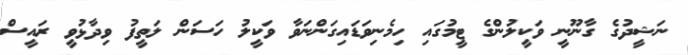
ނަޝީދުގެ ގާނޫނީ ވަކީލުންގެ ޓީމުގައި ހިމެނިވަޑައިގަންނަވާ ވަކީލު ހަސަން ލަތީފު ވިދާޅުވީ ރައީސް